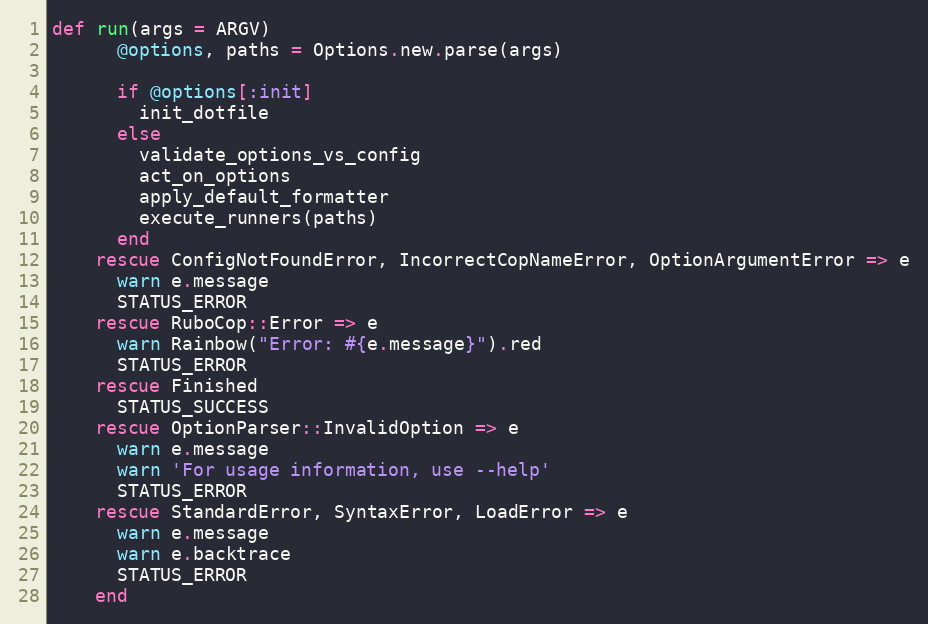
Language: Ruby
def run(args = ARGV)
      @options, paths = Options.new.parse(args)

      if @options[:init]
        init_dotfile
      else
        validate_options_vs_config
        act_on_options
        apply_default_formatter
        execute_runners(paths)
      end
    rescue ConfigNotFoundError, IncorrectCopNameError, OptionArgumentError => e
      warn e.message
      STATUS_ERROR
    rescue RuboCop::Error => e
      warn Rainbow("Error: #{e.message}").red
      STATUS_ERROR
    rescue Finished
      STATUS_SUCCESS
    rescue OptionParser::InvalidOption => e
      warn e.message
      warn 'For usage information, use --help'
      STATUS_ERROR
    rescue StandardError, SyntaxError, LoadError => e
      warn e.message
      warn e.backtrace
      STATUS_ERROR
    end